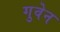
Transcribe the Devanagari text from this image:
गुवेन